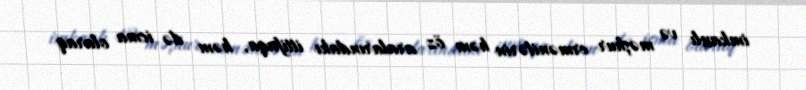
imkanlı və məşhur ermənilərin həm öz aralarındakı ittifaqa, həm də icma olaraq